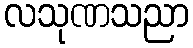
လသုဏသညာ